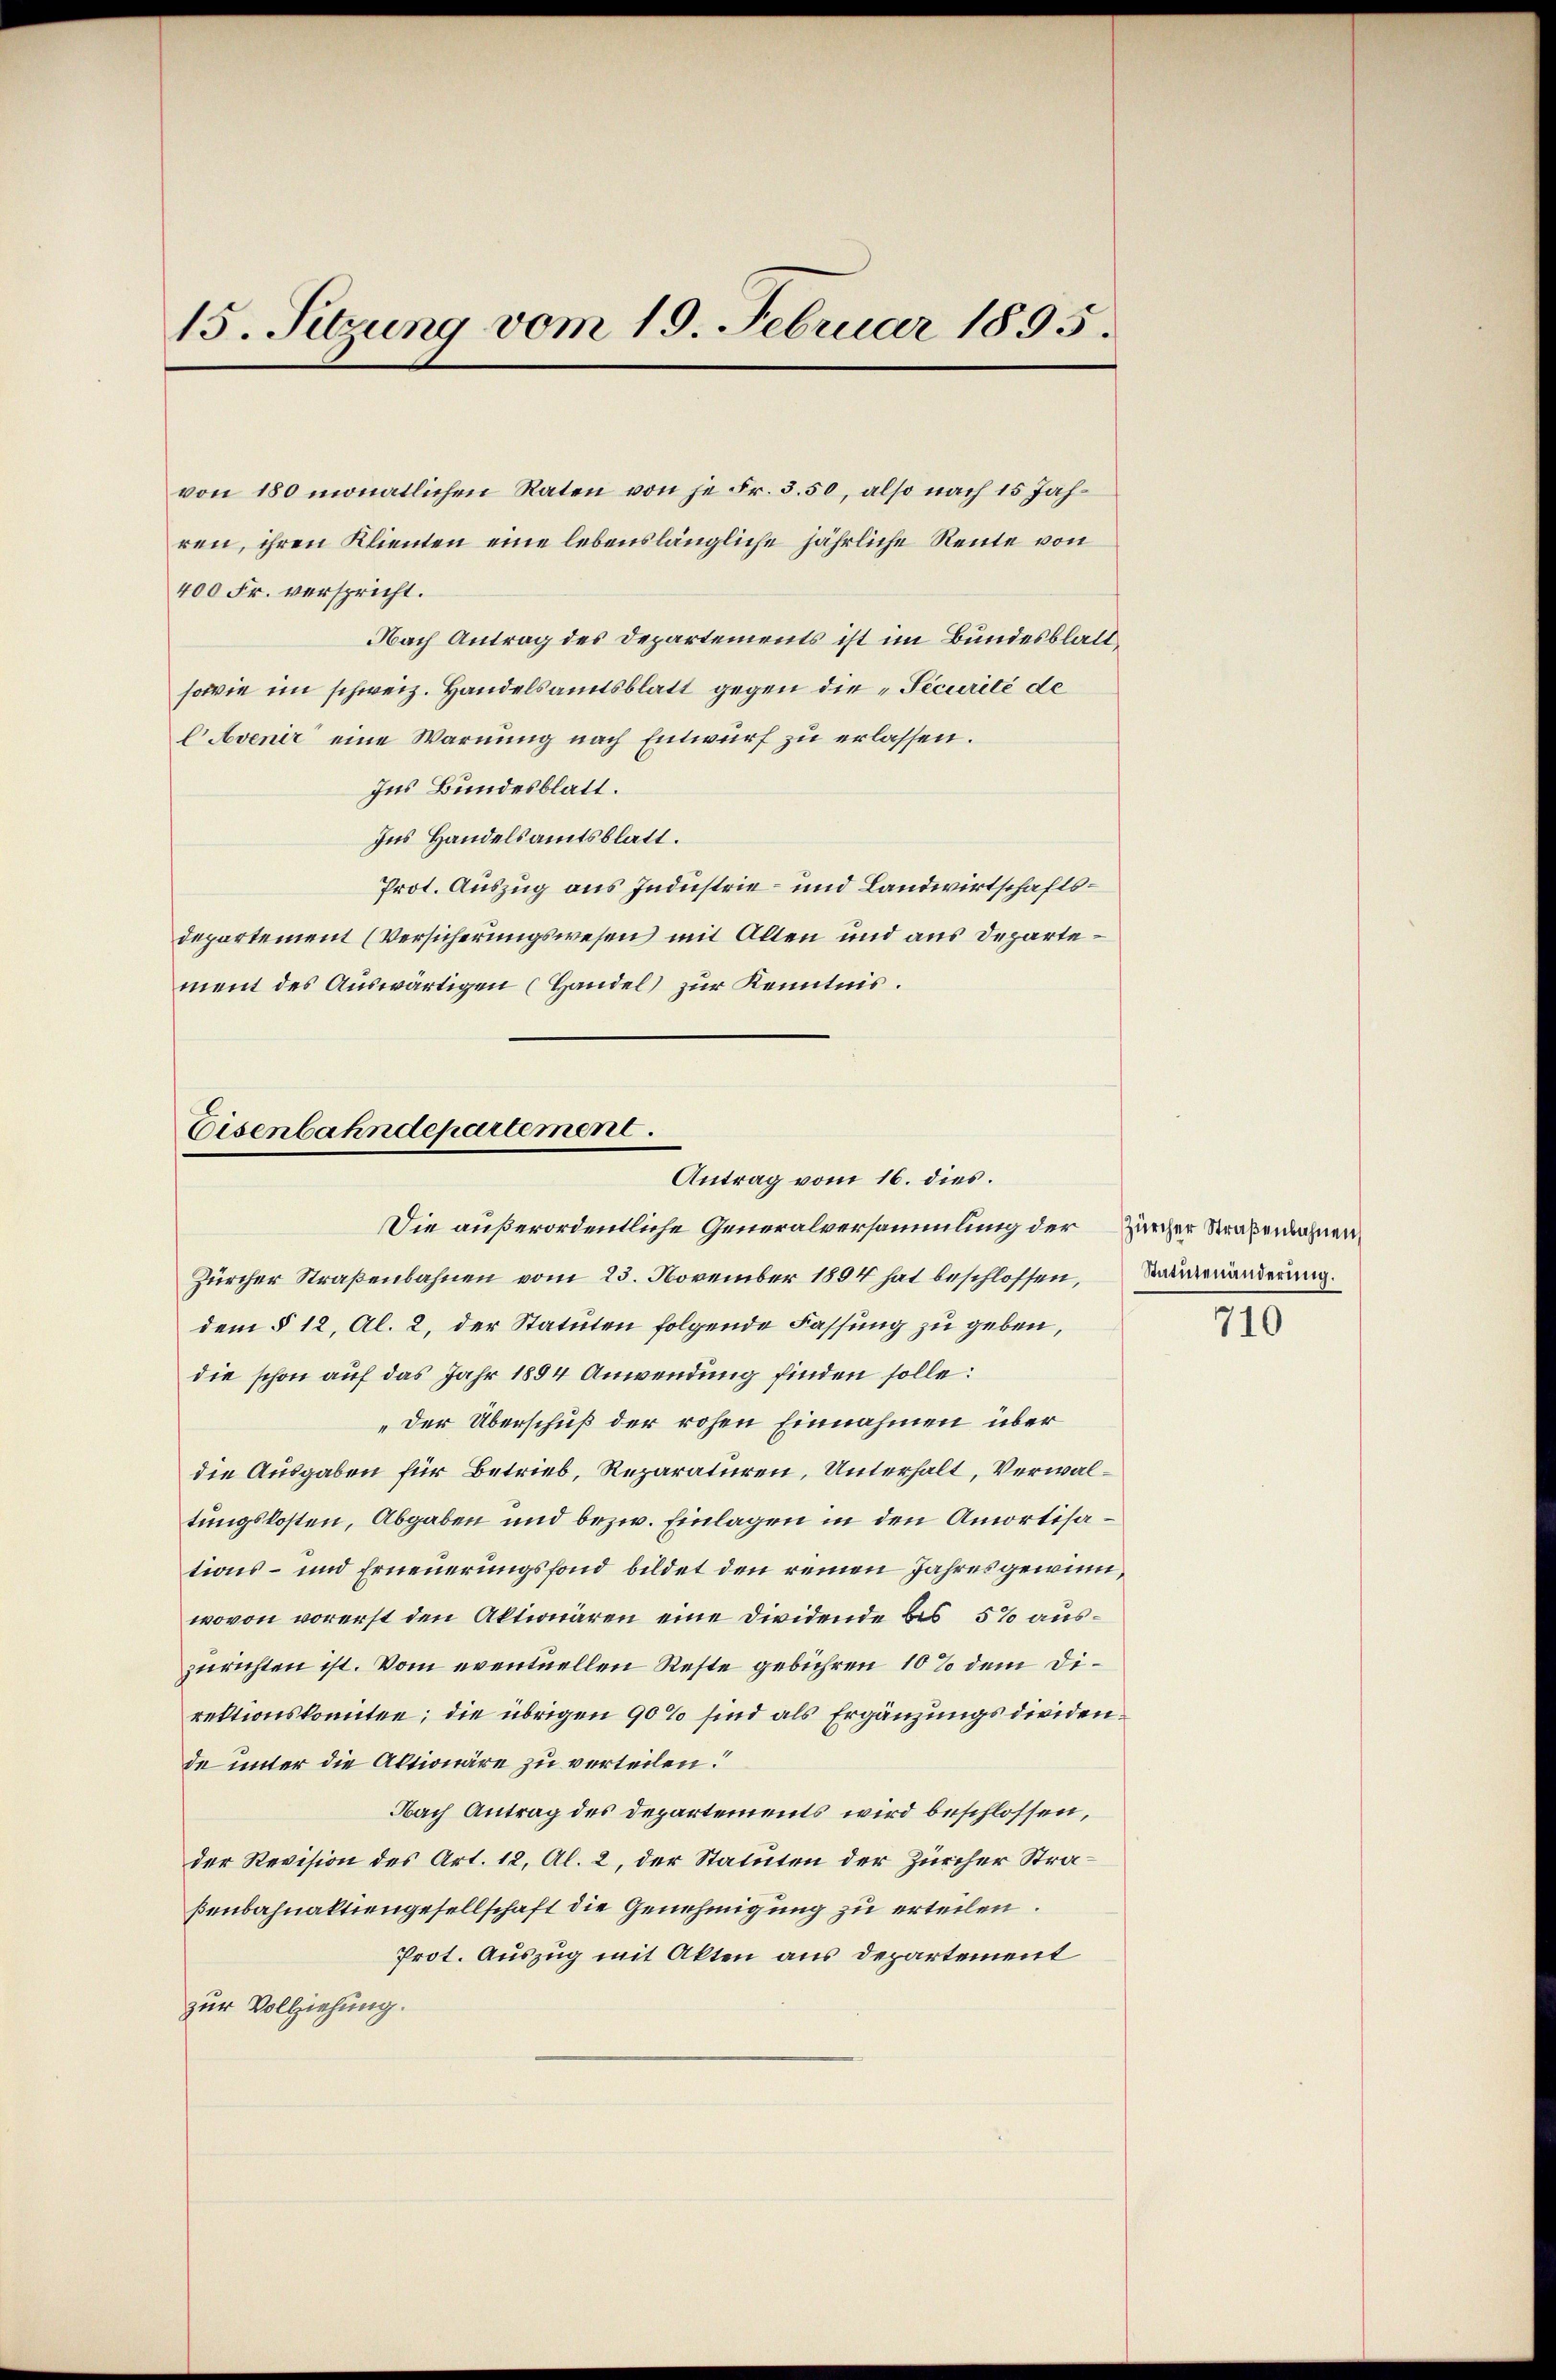
15. Sitzung vom 19. Februar 1895.

von 180 monatlichen Raten von je Fr. 3. 50, also nach 15 Jahren, ihren Klienten eine lebenslängliche jährliche Reute von
400 Fr. verspricht.
Nach Antrag des Departements ist im Bundesblatt,
sowie im schweiz. Handelsamtsblatt gegen die „Securité de
E Avenir eine Warnung nach Entwurf zu erlassen.
Ins Bundesblatt.
Ins Handelsamtsblatt.
Prot. Auszug aus Industrie- und Landwirtschaftsdepartement (Versicherungswesen mit Allen und aus Departement des Auswärtigen (Handel zur Kenntnis.

Eisenbahndepartement.
Antrag vom 16. dies.

Die außerordentliche Generalversammlung der Zürcher Strabenwohnen
Zürcher Straßenbahnen vom 23. November 1894 hat beschlossen,
dem § 12, Al. 2, der Statuten folgende Fassung zu geben,
die schon auf das Jahr 1884 Anwendung finden solle:
„Der Überschuß der rohen Einnahmen über
die Ausgaben für Betrieb, Reparaturen, Unterhalt, Verwaltungskosten, Abgaben und bezw. Einlagen in den Amortisations- und Erneuerungsfond bildet den reinen Jahres gewinnwovon vorerst den Aktionären eine Dividende bis 5% auszurichten ist. Vom eventuellen Reste gebühren 10% dem Direktionskomiten; die übrigen 90% sind als Ergänzungsdieidende unter die Aktionäre zu verteilen.
Nach Antrag des Departements wird beschlossen,
der Revision des Art. 12, Al. 2, der Statuten der Zürcher Straßenbahnaktiengesellschaft die Genehmigung zu erteilen.
Prot. Auszug mit Akten aus Departement
zur Vollziehung.

Statutenänderung.

710